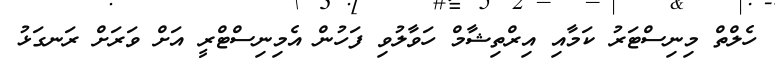
ހެލްތް މިނިސްޓަރު ކަމާއި އިރްތިޝާމް ހަވާލުވި ފަހުން އެމިނިސްޓްރީ އަށް ވަރަށް ރަނގަޅު